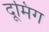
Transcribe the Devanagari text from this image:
दूमिंग